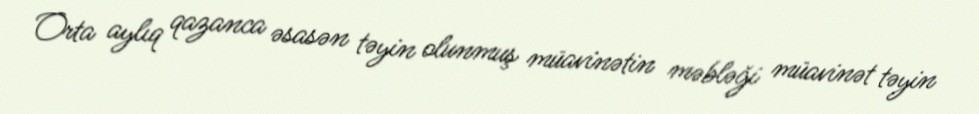
Orta aylıq qazanca əsasən təyin olunmuş müavinətin məbləği müavinət təyin